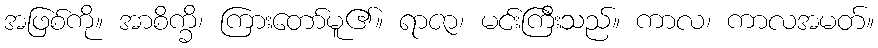
အဖြစ်ကို။ အာစိက္ခိ၊ ကြားတော်မူ၏။ ရာဇာ၊ မင်းကြီးသည်။ ကာလ၊ ကာလအမတ်။